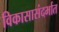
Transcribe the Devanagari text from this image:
विकासासंदर्भात